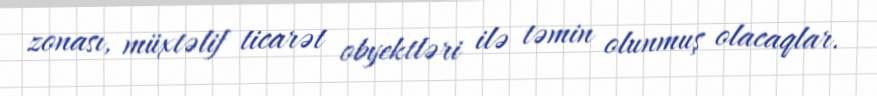
zonası, müxtəlif ticarət obyektləri ilə təmin olunmuş olacaqlar.